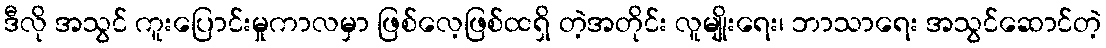
ဒီလို အသွင် ကူးပြောင်းမှုကာလမှာ ဖြစ်လေ့ဖြစ်ထရှိ တဲ့အတိုင်း လူမျိုးရေး၊ ဘာသာရေး အသွင်ဆောင်တဲ့